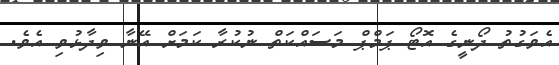
އެވަގުތު ދޯނީގެ އޮޓޯ ޕަމްޕް މަސައްކަތް ނުކުރާ ކަމަށް އޭނާ ވިދާޅުވި އެވެ.